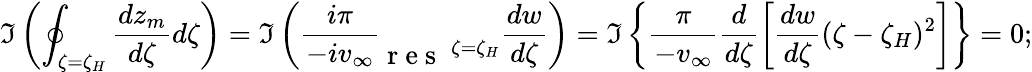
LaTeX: \Im\left(\oint_{\zeta=\zeta_{H}}\frac{dz_{m}}{d\zeta}d\zeta\right)=\Im\left(\frac{i\pi}{-iv_{\infty}}\begin{array}{c}{~~~}\\ {\mathrm{~r~e~s~}\ ^{\zeta=\zeta_{H}}}\end{array}\frac{dw}{d\zeta}\right)=\Im\left\{ \frac{\pi}{-v_{\infty}}\frac{d}{d\zeta}\left[\frac{dw}{d\zeta}(\zeta-\zeta_{H})^{2}\right]\right\} =0;